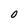
Character: 0